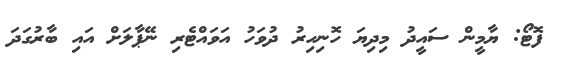
ފޮޓޯ: ޔާމީން ސައީދު މިދިޔަ ހޮނިހިރު ދުވަހު އަވައްޓެރި ނޭޕާލަށް އައި ބާރުގަދަ